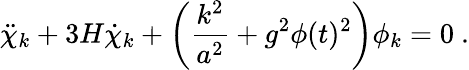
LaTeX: \ddot{\chi}_{k}+3H\dot{\chi}_{k}+\left({\frac{k^{2}}{a^{2}}}+g^{2}\phi(t)^{2}\right)\phi_{k}=0\ .